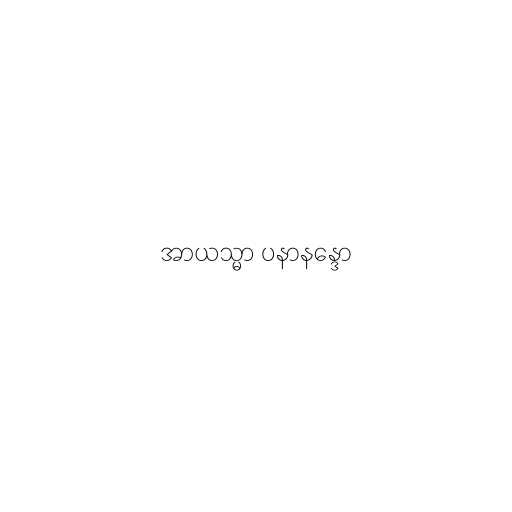
အာယသ္မာ ပနာနန္ဒော